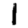
Digit: 1